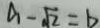
a - \sqrt { 2 } = b